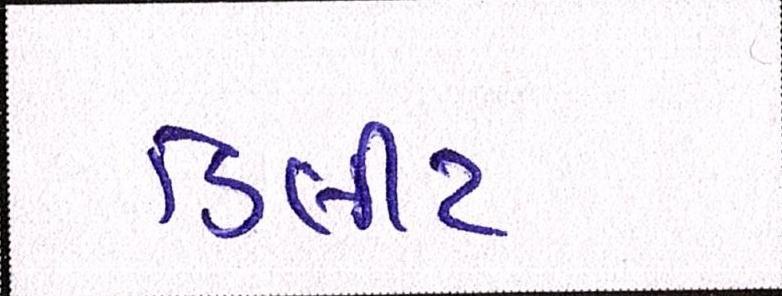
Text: ડિલીટ